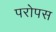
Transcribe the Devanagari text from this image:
परोपस